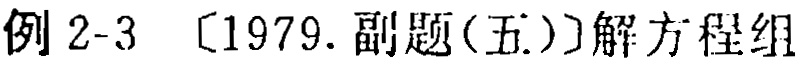
例 2-3 〔1979. 副题(五)〕解方程组